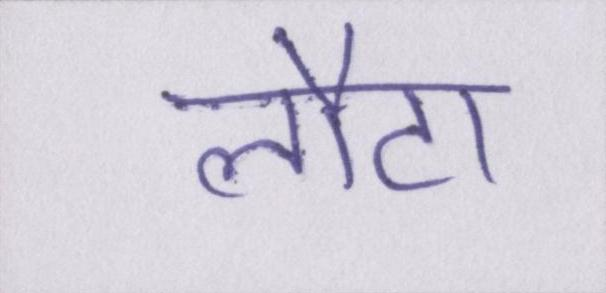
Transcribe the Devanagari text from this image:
लौटा